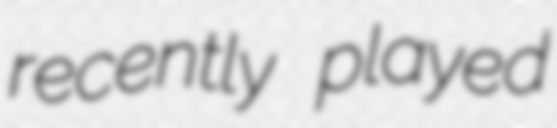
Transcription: recently played